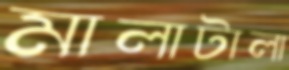
মালাটালা